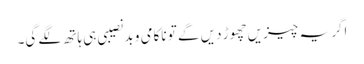
اگر یہ چیزیں چھوڑ دیں گے تو ناکامی و بدنصیبی ہی ہاتھ لگے گی۔